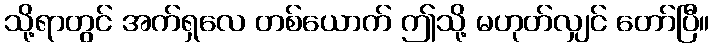
သို့ရာတွင် အက်ရှလေ တစ်ယောက် ဤသို့ မဟုတ်လျှင် တော်ပြီ။